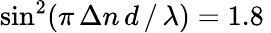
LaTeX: \sin^{2}(\pi\, \Delta n\, d\, /\, \lambda)=1.8\